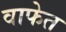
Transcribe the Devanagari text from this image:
वाफेत